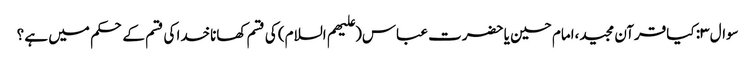
سوال ۳: کیاقرآن مجید،امام حسین یا حضرت عباس(علیهم السلام) کی قسم کھاناخدا کی قسم کے حکم میں ہے ؟